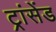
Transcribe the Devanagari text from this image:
ट्रांसेंड